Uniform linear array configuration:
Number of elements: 64
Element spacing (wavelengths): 0.75
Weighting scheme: cosine
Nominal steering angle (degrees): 0
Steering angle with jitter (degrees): -1.818
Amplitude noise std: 0.05
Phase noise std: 0.05

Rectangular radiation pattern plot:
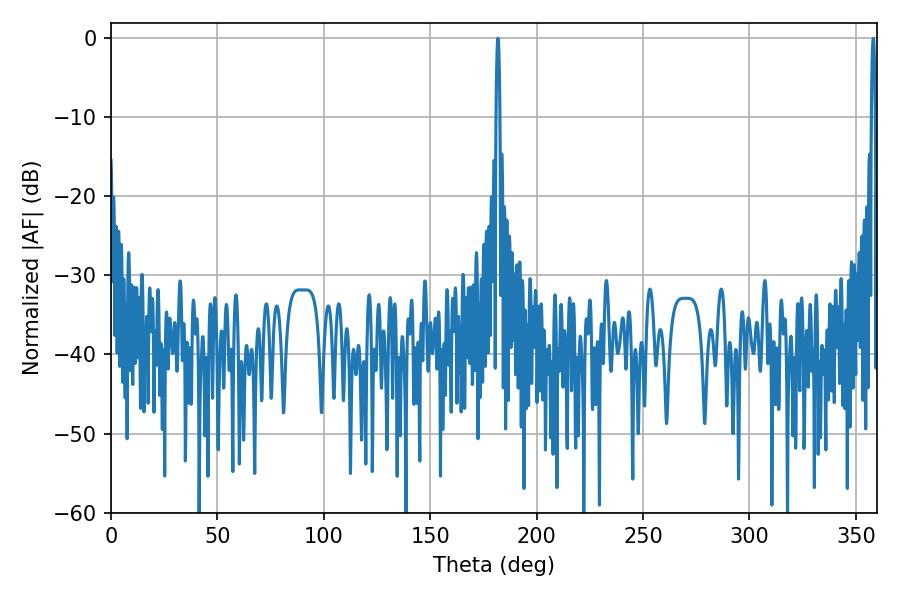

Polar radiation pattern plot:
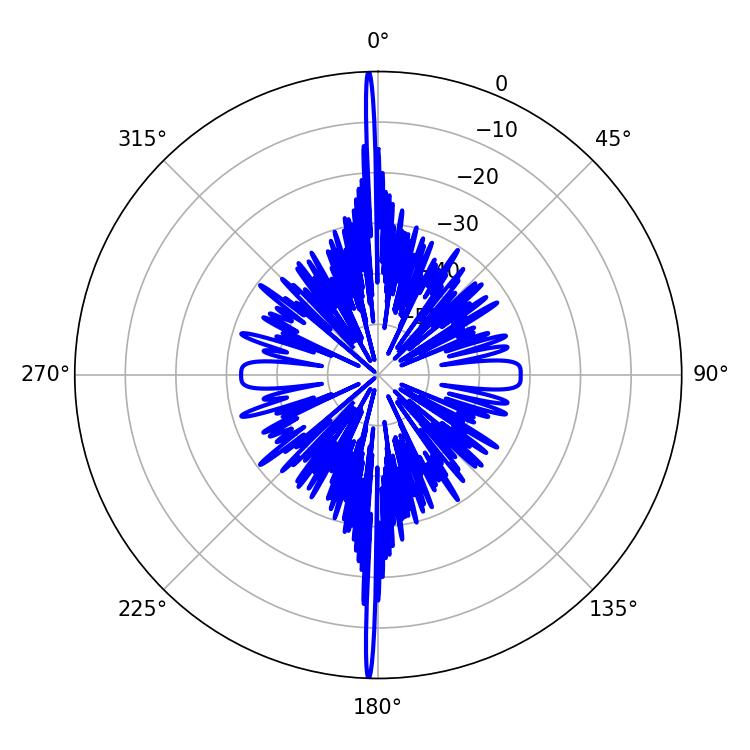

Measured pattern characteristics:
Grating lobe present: TRUE
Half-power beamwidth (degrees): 0.9
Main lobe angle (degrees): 181.8